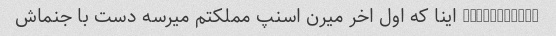
@archduke__ اینا که اول اخر میرن اسنپ مملکتم میرسه دست با جنماش